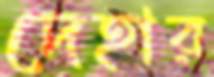
দেহার